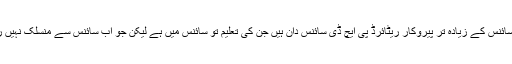
ایسی سائنس کے زیادہ تر پیروکار ریٹائرڈ پی ایچ ڈی سائنس دان ہیں جن کی تعلیم تو سائنس میں ہے لیکن جو اب سائنس سے منسلک نہیں رہے ۔